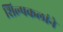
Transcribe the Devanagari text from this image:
शिल्पकलांने